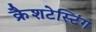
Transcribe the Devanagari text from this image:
क्रैशटेस्टिंग